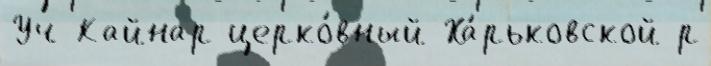
Уч-Кайнар церко́вный Ха́рьковской р